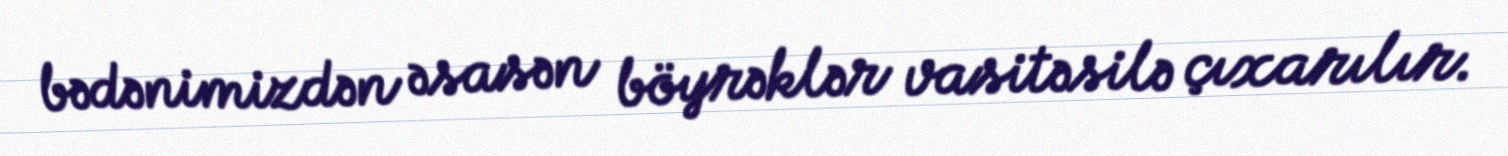
bədənimizdən əsasən böyrəklər vasitəsilə çıxarılır.